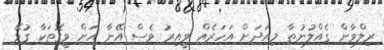
ރިލްވާން ގެއްލުނުތާ މިއަދަށް އަހަރެއް ވީއިރު ވެސް އޭނާ އަށް ވީގޮތަކާ ގުޅޭ